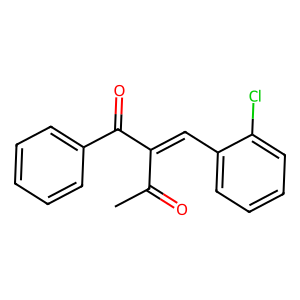
SMILES: CC(=O)C(=Cc1ccccc1Cl)C(=O)c1ccccc1
Inhibits HIV replication: No